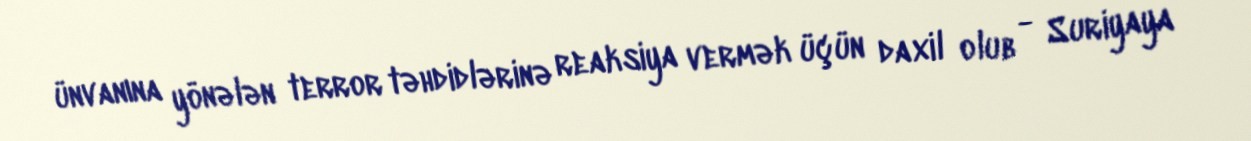
ünvanına yönələn terror təhdidlərinə reaksiya vermək üçün daxil olub - Suriyaya